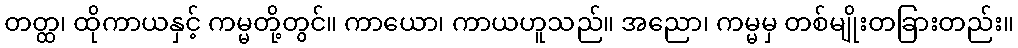
တတ္ထ၊ ထိုကာယနှင့် ကမ္မတို့တွင်။ ကာယော၊ ကာယဟူသည်။ အညော၊ ကမ္မမှ တစ်မျိုးတခြားတည်း။